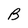
Character: B